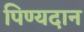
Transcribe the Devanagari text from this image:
पिण्यदान